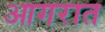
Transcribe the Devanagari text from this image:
आगरात